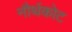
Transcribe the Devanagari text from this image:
नौर्थकोट